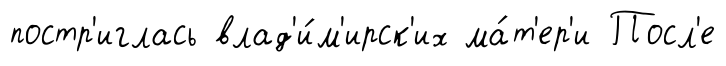
постр'иглась влад'и́м'ирск'их ма́т'ер'и Посл'е